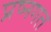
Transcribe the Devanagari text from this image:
प्रष्नगत